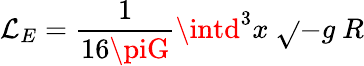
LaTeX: \mathcal{L}_{E}=\frac{1}{{16\piG}}\intd^{3}x\ \sqrt{}{{-g}}\ R